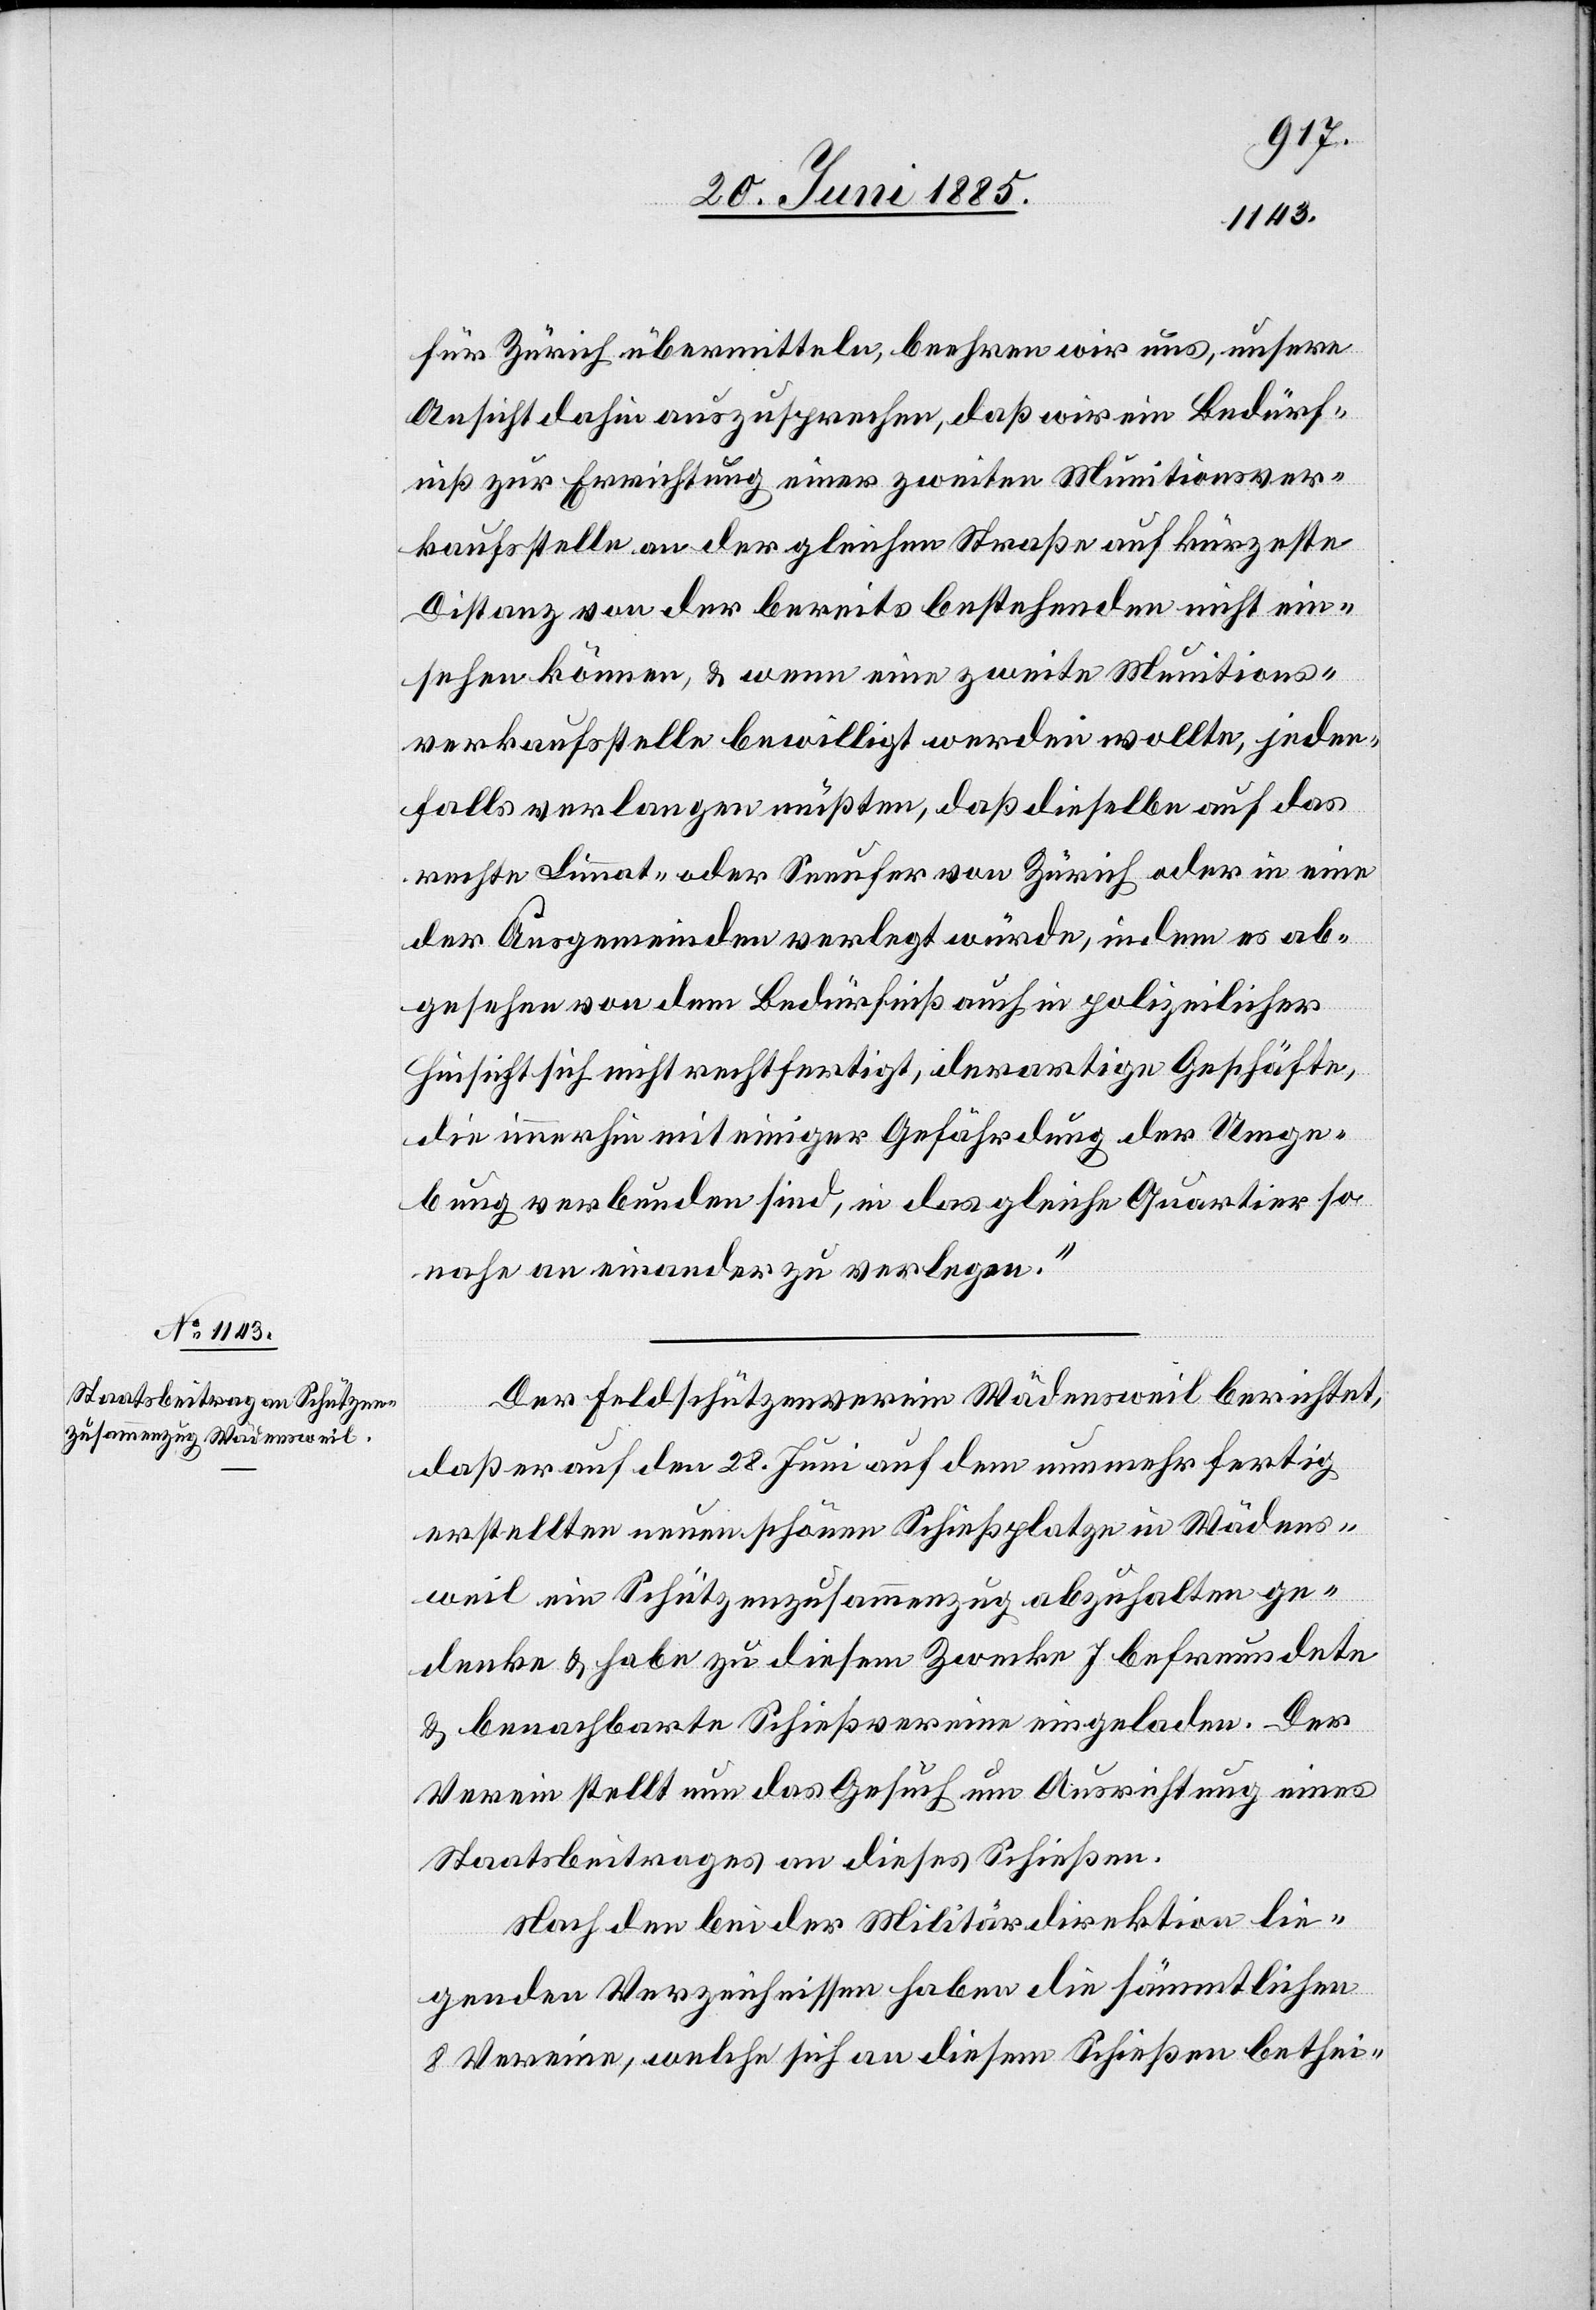
für Zürich übermitteln, beehren wir uns, unsere
Ansicht dahin auszusprechen, daß wir ein Bedürf¬
niß zur Errichtung einer zweiten Munitionsver¬
kaufsstelle an der gleichen Straße auf kürzeste
Distanz von der bereits bestehenden nicht ein¬
sehen können, & wenn eine zweite Munitions¬
verkaufsstelle bewilligt werden wollte, jeden¬
falls verlangen müßten, daß dieselbe auf das
rechte Limmat- oder Seeufer von Zürich oder in eine
der Ausgemeinden verlegt würde, indem es ab¬
gesehen von dem Bedürfniß auch in polizeilicher
Hinsicht sich nicht rechtfertigt, derartige Geschäfte,
die immerhin mit einiger Gefährdung der Umge¬
bung verbunden sind, in das gleiche Quartier so
nahe aneinander zu verlegen.“
Der Feldschützenverein Wädensweil berichtet,
daß er auf den 28. Juni auf dem nunmehr fertig
erstellten neuen schönen Schießplatze in Wädens¬
weil ein Schützenzusammenzug abzuhalten ge¬
denke & habe zu diesem Zwecke 7 befreundete
& benachbarte Schießvereine eingeladen. Der
Verein stellt nun das Gesuch um Ausrichtung eines
Staatsbeitrages an dieses Schießen.
Nach den bei der Militärdirektion lie¬
genden Verzeichnissen haben die sämmtlichen
8 Vereine, welche sich an diesem Schießen bethei-